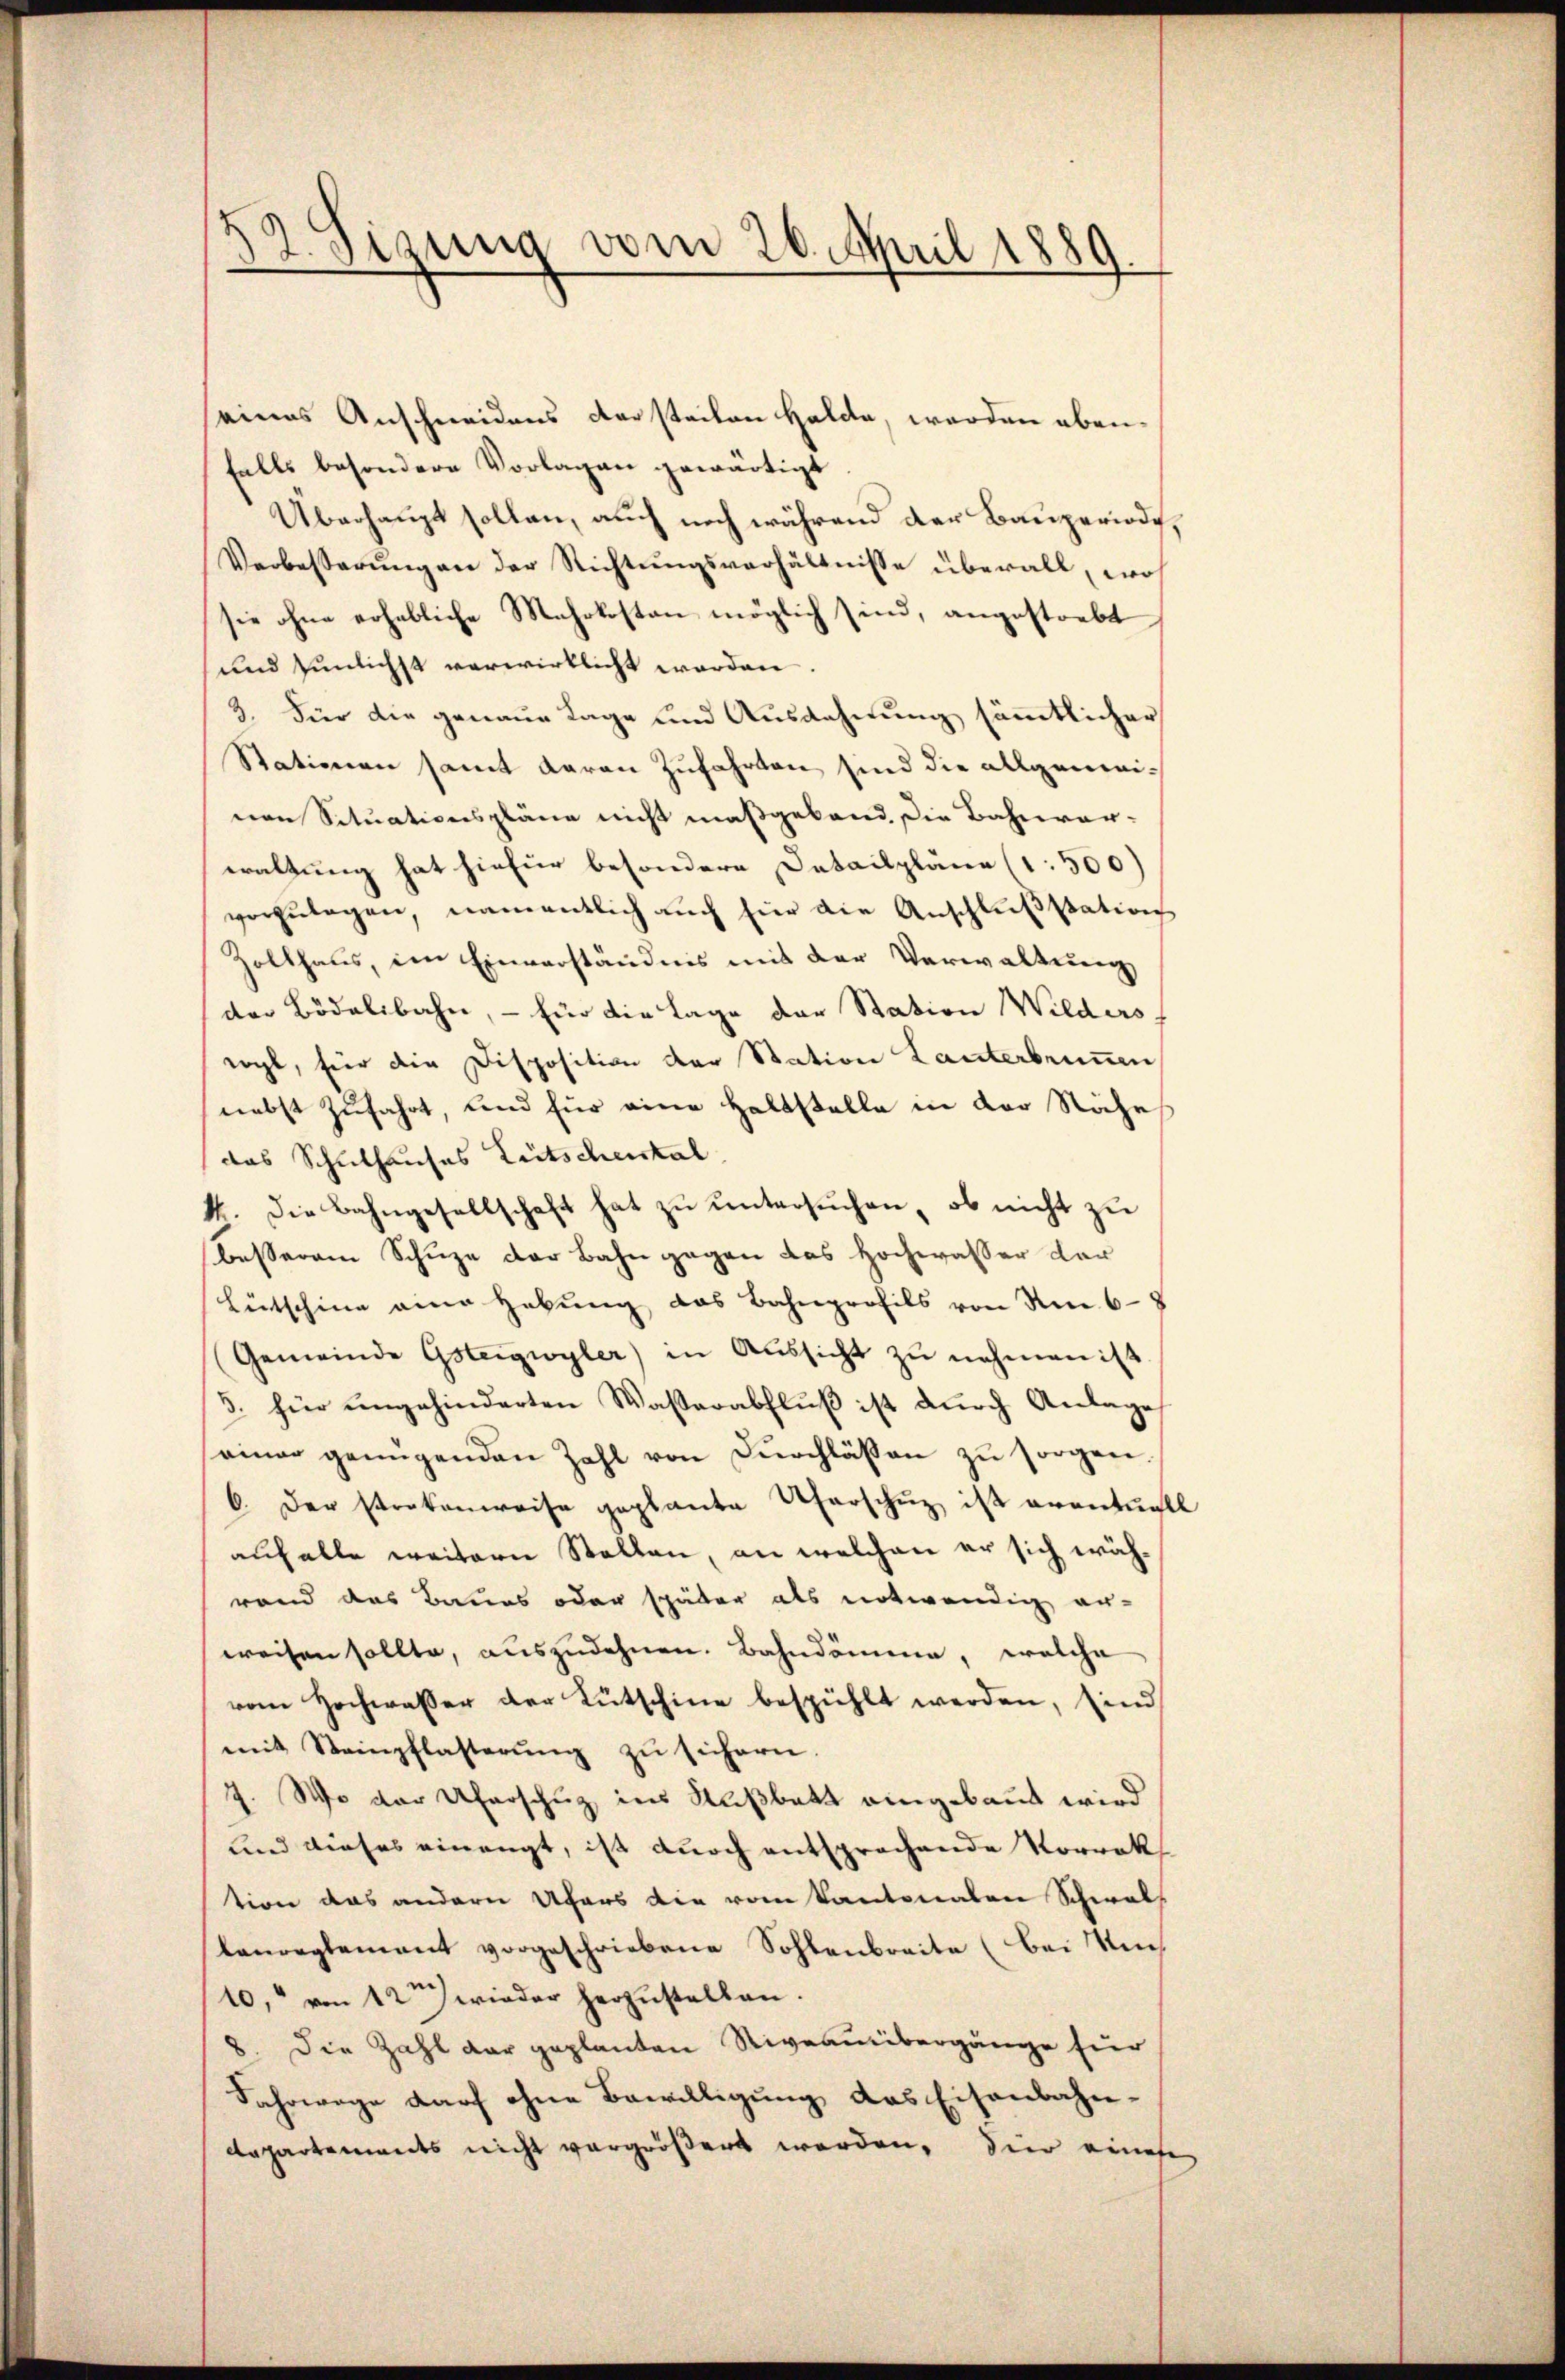
seines Anschneidens dersteilen Halde, werden ebenfalls besondere Vorlagen gewärtigt
Überhaupt sollen, auch noch während der Bauperiode,
Verbesserungen der Richtungsverhältnisse überall, wo
sie ohne erhebliche Mehrkosten möglich sind, angestrebt
und zunlichst verwirklicht werden.
3. Fier die genaue Tage und Ausdehnung sämmtlicher
Stationen samt daran Zufahrten sind die allgemeinen Situationspläne nicht maßgeband. Die Bahnver-
waltung hat hiefür besondere Detailpläne (1. 500)
vorzŭlagen, namentlich aŭch für die Anschlŭβstation
Zollhaus, im Einverständnis mit der Verwaltung
der Bidelibahn, — für die Lage der Station Wilders
eigl, für die Disposition der Station Lanterbrunnen
nebst zufahrt, und für eine Haltstelle in der Nähe
das Schulhauses Zeitschenstal
4. Die Bahngesellschaft hat zŭ ŭntersŭchen, ob nicht zŭ
besserem Schuze der Bahn gegen das Hochwasser dar
Bütschine eine Hebung das Bahnprofils von No 68
Gemeinde Gsteigwyler) in Aŭssicht zŭ nehmen ist.
3. für ungehinderten Wasserabflŭβ ist durch Anlage
einer genügenden Zahl von Dŭrchläßen zŭ sorgen.
6. Der stratenweise geplante Uferschuz ist eventuel
anfalle weitern Stallen, an welchen er sich währand das Baues oder später als notwendig er-
weisen sollte, auszudehnen. Bahndämme, welche
vom Hochwasser der Lütschine bespühlt werden, sind
mit Steinpflasterŭng zu sichern
7. Wo der Uferschuz ins Kußbett eingebaut wird
und dieses einengt, ist durch entsprochende Vorrath
tion das andern Ufers die vom Kantonalen Schwal
laŭreglement vorgeschriebene Sohlenbreite (bei Um
10, von 12 wieder herzustellen.
8. Die Zahl der geplanten Niveauibergänge für
Fahrwege darf ohne Bewilligung das Eisenbahn-
departenwerts nicht vergrößert werden, die einese

2. Sizung vom 20. April 1889

¬